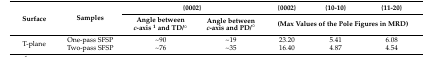
<table><thead><tr><td rowspan="2"><b>Surface</b></td><td rowspan="2"><b>Samples</b></td><td colspan="2"><b>{0002}</b></td><td><b>{0002}</b></td><td><b>{10-10}</b></td><td><b>{11-20}</b></td></tr><tr><td><b>Angle between <i>c</i>-axis <sup>1</sup> and TD/°</b></td><td><b>Angle between <i>c</i>-axis and PD/°</b></td><td colspan="3"><b>(Max Values of the Pole Figures in MRD)</b></td></tr></thead><tbody><tr><td rowspan="2">T-plane</td><td>One-pass SFSP</td><td>~90</td><td>~19</td><td>23.20</td><td>5.41</td><td>6.08</td></tr><tr><td>Two-pass SFSP</td><td>~76</td><td>~35</td><td>16.40</td><td>4.87</td><td>4.54</td></tr></tbody></table>